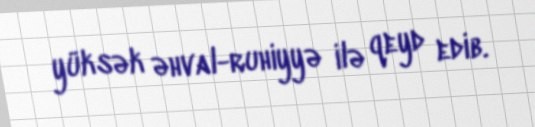
yüksək əhval-ruhiyyə ilə qeyd edib.